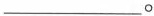
___。